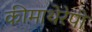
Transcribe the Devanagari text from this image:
कीमाथेरेपी